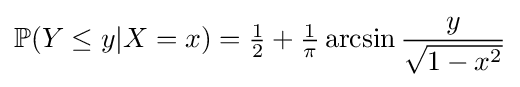
\mathbb {P} (Y\leq y|X=x)={\tfrac {1}{2}}+{\tfrac {1}{\pi }}\arcsin {\frac {y}{\sqrt {1-x^{2}}}}